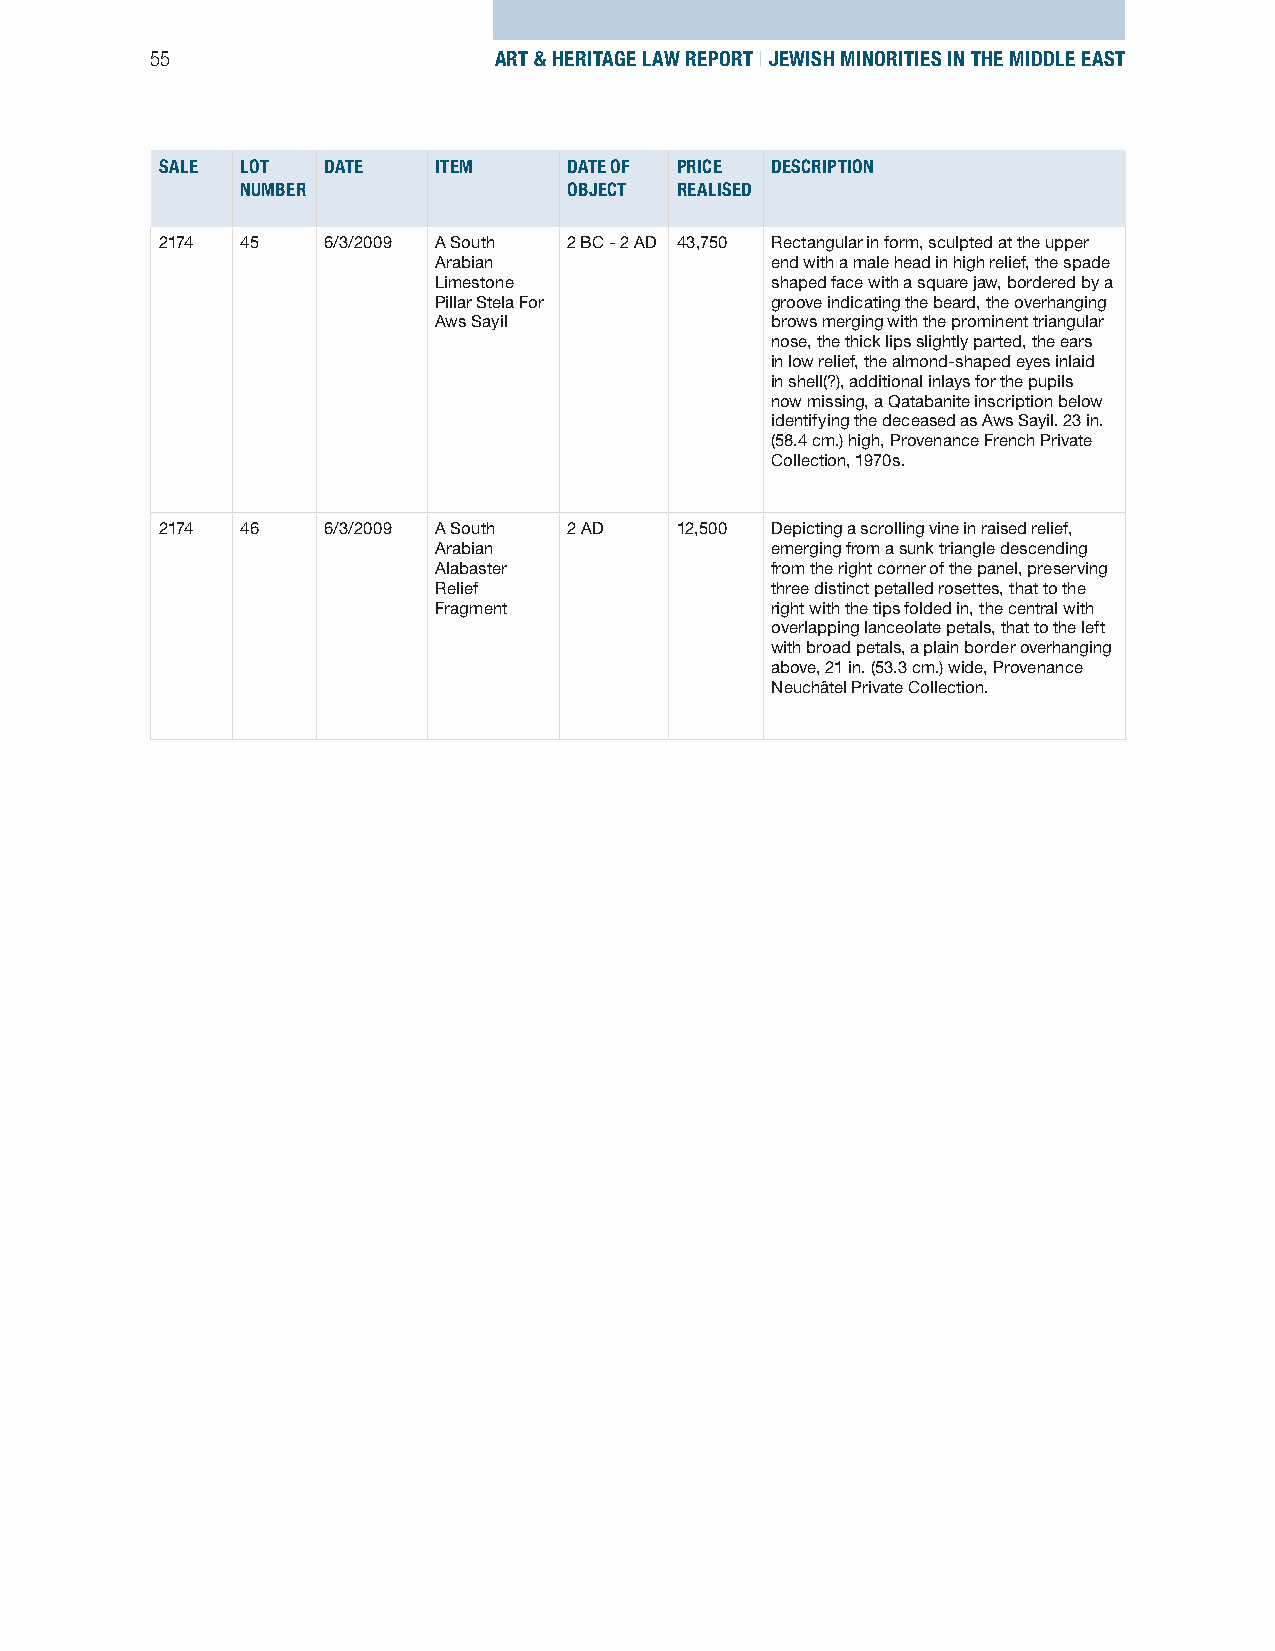
55                     ART & HERITAGE LAW REPORT | JEWISH MINORITIES IN THE MIDDLE EAST
 SALE LOT  DATE    ITEM     DATE OF PRICE DESCRIPTION
 NUMBER                OBJECT REALISED
 2174 45   6/3/2009 A South 2 BC - 2 AD 43,750 Rectangular in form, sculpted at the upper
 Arabian               end with a male head in high relief, the spade
 Limestone             shaped face with a square jaw, bordered by a
 Pillar Stela For      groove indicating the beard, the overhanging
 Aws Sayil             brows merging with the prominent triangular
 nose, the thick lips slightly parted, the ears
 in low relief, the almond-shaped eyes inlaid
 in shell(?), additional inlays for the pupils
 now missing, a Qatabanite inscription below
 identifying the deceased as Aws Sayil. 23 in.
 (58.4 cm.) high, Provenance French Private
 Collection, 1970s.
 2174 46   6/3/2009 A South 2 AD   12,500 Depicting a scrolling vine in raised relief,
 Arabian               emerging from a sunk triangle descending
 Alabaster             from the right corner of the panel, preserving
 Relief                three distinct petalled rosettes, that to the
 Fragment              right with the tips folded in, the central with
 overlapping lanceolate petals, that to the left
 with broad petals, a plain border overhanging
 above, 21 in. (53.3 cm.) wide, Provenance
 Neuchâtel Private Collection.